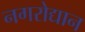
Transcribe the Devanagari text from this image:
नगरोद्यान